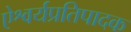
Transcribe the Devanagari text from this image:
ऐश्वर्यप्रतिपादक